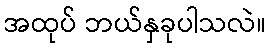
အထုပ် ဘယ်နှခုပါသလဲ။